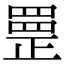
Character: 𦋳